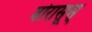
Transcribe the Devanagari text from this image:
बोरासूस्